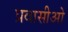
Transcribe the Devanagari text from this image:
प्रवासीओ